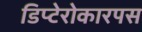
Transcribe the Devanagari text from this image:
डिप्टेरोकारपस